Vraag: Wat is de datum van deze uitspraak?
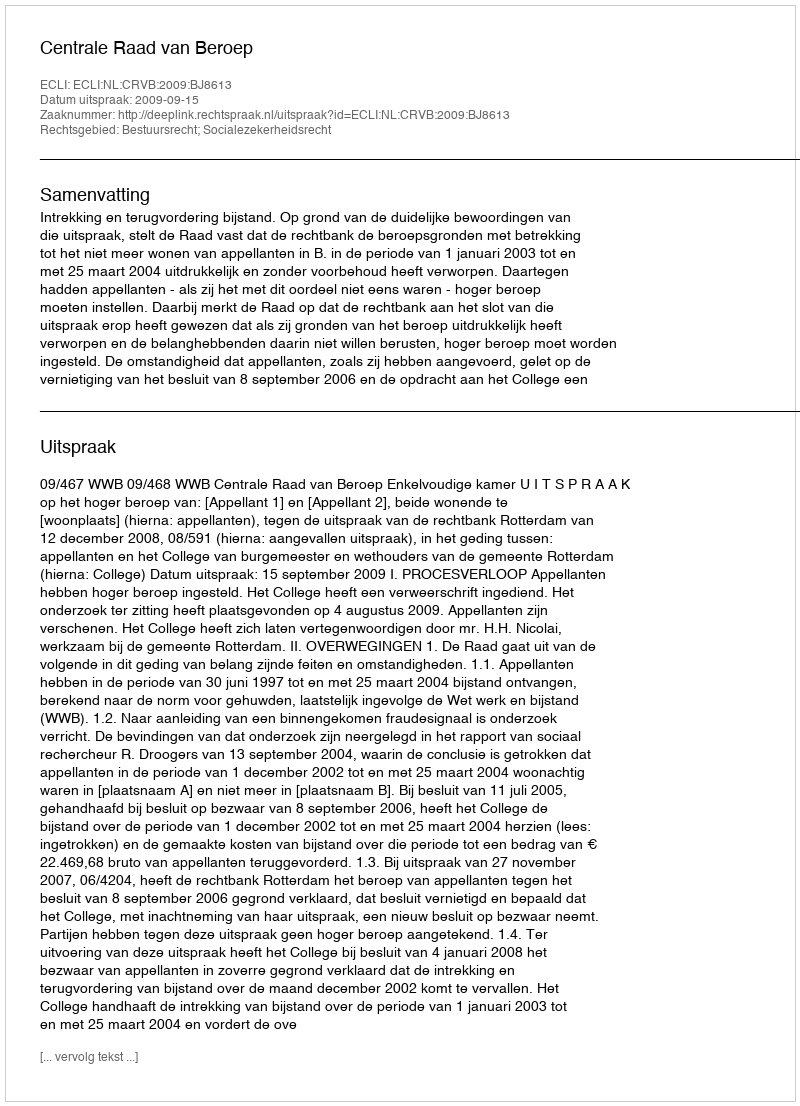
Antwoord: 2009-09-15